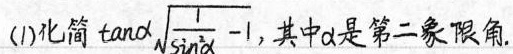
（1）化简$$\tan \alpha \sqrt{\frac{1}{\sin^{2} \alpha}-1}$$ ，其中α是第二象限角。